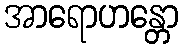
အာရောဟန္တော